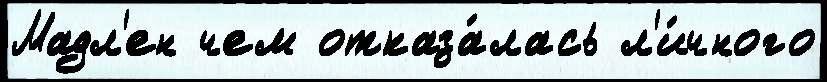
Мадл'ен чем отказа́лась л'и́чного